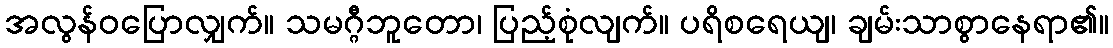
အလွန်ဝပြောလျှက်။ သမဂ္ဂီဘူတော၊ ပြည့်စုံလျက်။ ပရိစရေယျ၊ ချမ်းသာစွာနေရာ၏။